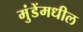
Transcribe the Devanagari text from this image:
मुंडेंमधील